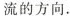
流的方向。